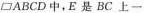
□ABCD中，E是BC上一